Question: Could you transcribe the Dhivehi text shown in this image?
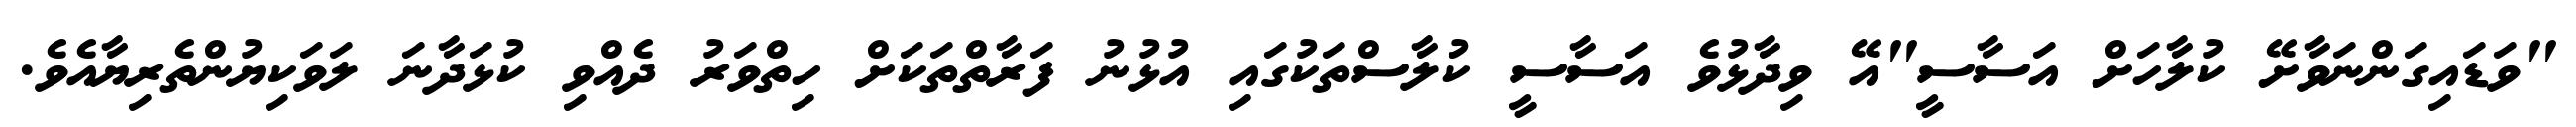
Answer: "ވަޑައިގަންނަވާށޭ ކުލާހަށް އަސާސީ"އޭ ވިދާޅުވެ އަސާސީ ކުލާސްތަކުގައި އުޅުނު ފަރާތްތަކަށް ހިތްވަރު ދެއްވި ކުޅަދާނަ ލަވަކިޔުންތެރިޔާއެވެ.